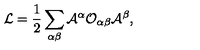
{ \cal L } = \frac { 1 } { 2 } \sum _ { \alpha \beta } { \cal A } ^ { \alpha } { \cal O } _ { \alpha \beta } { \cal A } ^ { \beta } ,